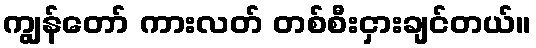
ကျွန်တော် ကားလတ် တစ်စီးငှားချင်တယ်။